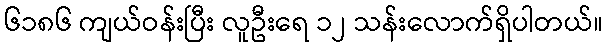
၆၁၈၆ ကျယ်ဝန်းပြီး လူဦးရေ ၁၂ သန်းလောက်ရှိပါတယ်။